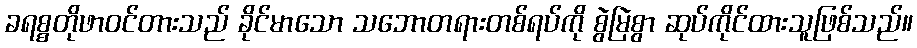
ခရစ္စတိုဖာဝင်တားသည် ခိုင်မာသော သဘောတရားတစ်ရပ်ကို စွဲမြဲစွာ ဆုပ်ကိုင်ထားသူဖြစ်သည်။